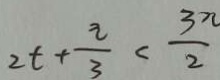
2 t + \frac { 2 } { 3 } < \frac { 3 \pi } { 2 }